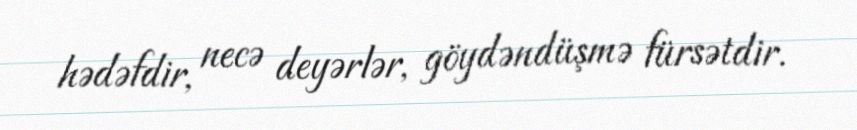
hədəfdir, necə deyərlər, göydəndüşmə fürsətdir.